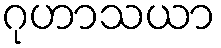
ဂုဟာသယာ